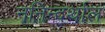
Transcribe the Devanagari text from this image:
ननिन्दर्थाल